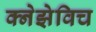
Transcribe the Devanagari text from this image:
क्नेझेविच